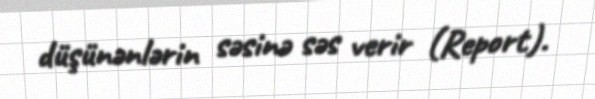
düşünənlərin səsinə səs verir (Report).